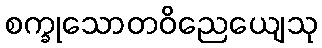
စက္ခုသောတဝိညေယျေသု